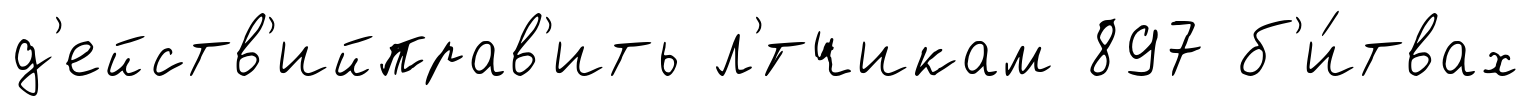
д'ейств'ийправ'ить л'́тчикам 897 б'и́твах